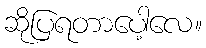
ဆိုပြရတာပေါ့လေ။